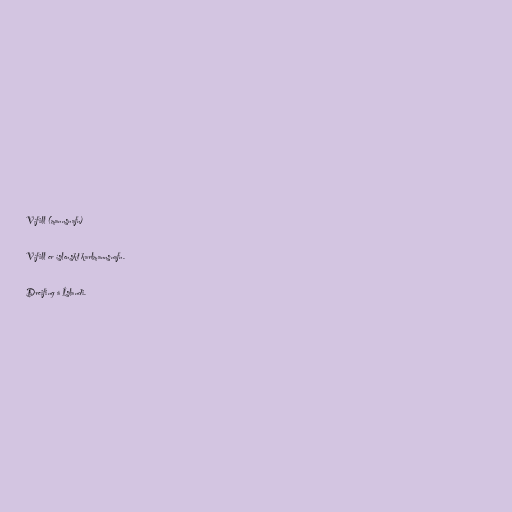
Vífill (mannsnafn)

Vífill er íslenskt karlmannsnafn.

Dreifing á Íslandi.